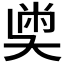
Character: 𡙀